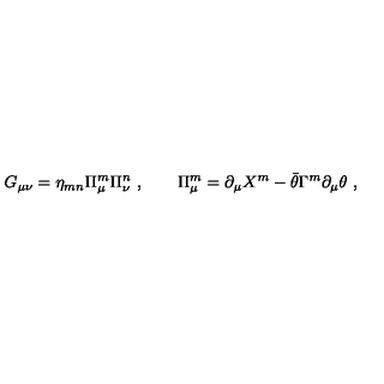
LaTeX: G _ { \mu \nu } = \eta _ { m n } \Pi _ { \mu } ^ { m } \Pi _ { \nu } ^ { n } \ , \qquad \Pi _ { \mu } ^ { m } = \partial _ { \mu } X ^ { m } - \bar { \theta } \Gamma ^ { m } \partial _ { \mu } \theta \ ,